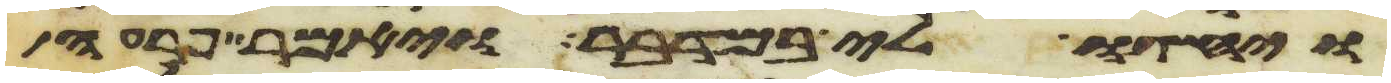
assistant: ויחגו לי במדבר ויאמר פרעה